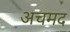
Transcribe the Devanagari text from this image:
अचमद